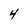
Character: 4